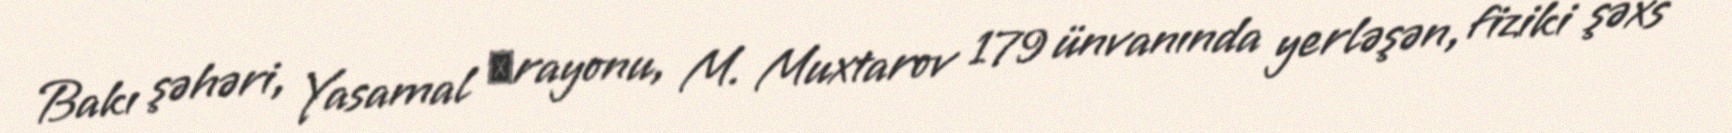
Bakı şəhəri, Yasamal ‎rayonu, M. Muxtarov 179 ünvanında yerləşən, fiziki şəxs